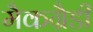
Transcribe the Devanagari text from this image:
मैकग्रैडी